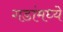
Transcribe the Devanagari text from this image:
गडांमध्ये